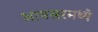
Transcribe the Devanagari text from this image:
आयसरमध्ये